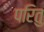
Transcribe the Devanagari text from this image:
परितु